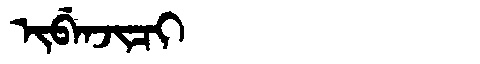
Manchu: ᡳᠪᡝᠨᠵᡳᠴᡳ
Romanization: IBENJICI